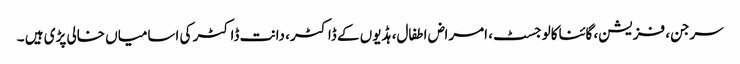
سرجن، فزیشن، گائناکالوجسٹ، امراض اطفال، ہڈیوں کے ڈاکٹر، دانت ڈاکٹر کی اسامیاں خالی پڑی ہیں ۔